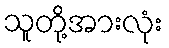
သူတို့အားလုံး